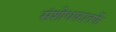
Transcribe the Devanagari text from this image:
संशोधकातर्फे